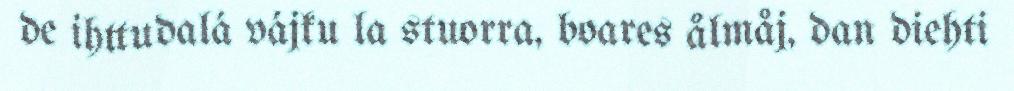
de ihttudalá vájku la stuorra, boares ålmåj, dan diehti